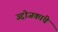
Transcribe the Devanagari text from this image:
उद्दोजकांचे